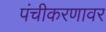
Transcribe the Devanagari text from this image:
पंचीकरणावर